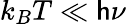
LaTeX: k_{B}T\ll\mathsf{h}\nu